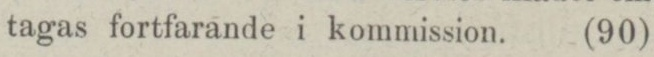
tagas fortfarande i kommission.    (90)